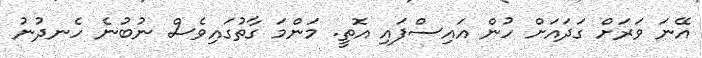
އޭނަ ވަރަށް ގަދައަށް ހުން އައިސްފައި އޮތީ. މަންމަ ގާތުގައިވެސް ނުބުނެ ހެނދުނު